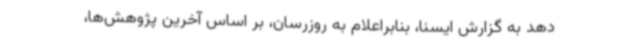
دهد به گزارش ایسنا، بنابراعلام به روزرسان، بر اساس آخرین پژوهش‌ها،